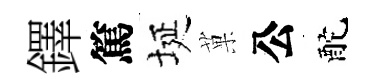
鐸篤埏菓公酡